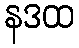
နဒထ